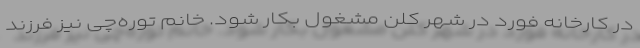
در کارخانه فورد در شهر کلن مشغول بکار شود. خانم توره‌چی نیز فرزند